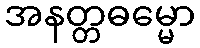
အနတ္တဓမ္မော